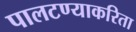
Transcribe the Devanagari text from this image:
पालटण्याकरिता